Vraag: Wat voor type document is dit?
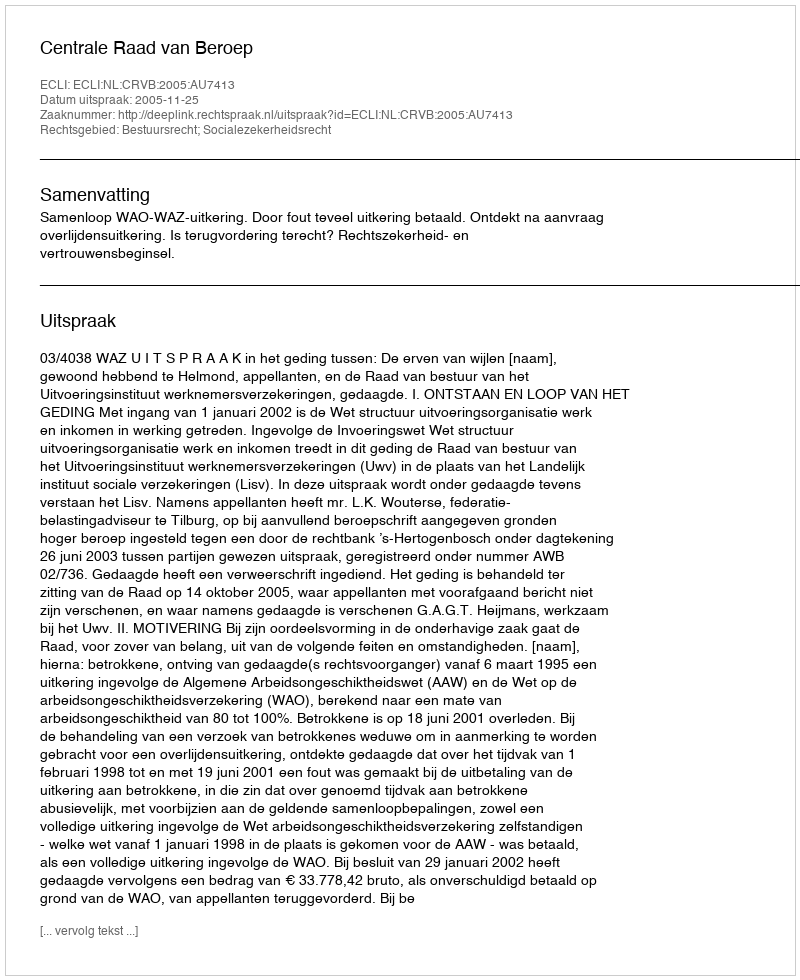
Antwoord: Uitspraak